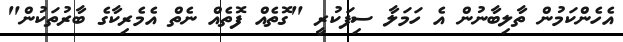
އެހެންކަމުން ތާލިބާނުން އެ ހަމަލާ ސިފަކުރީ "ގޮތެއް ފޮތެއް ނެތް އެމެރިކާގެ ބާރުތަކުން"